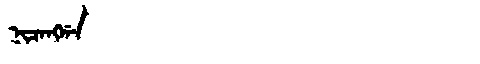
Manchu: ᠨᡳᠴᠠᠩᡤᠠ
Romanization: NICANGGA